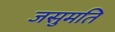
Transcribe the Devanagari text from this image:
जसुमति